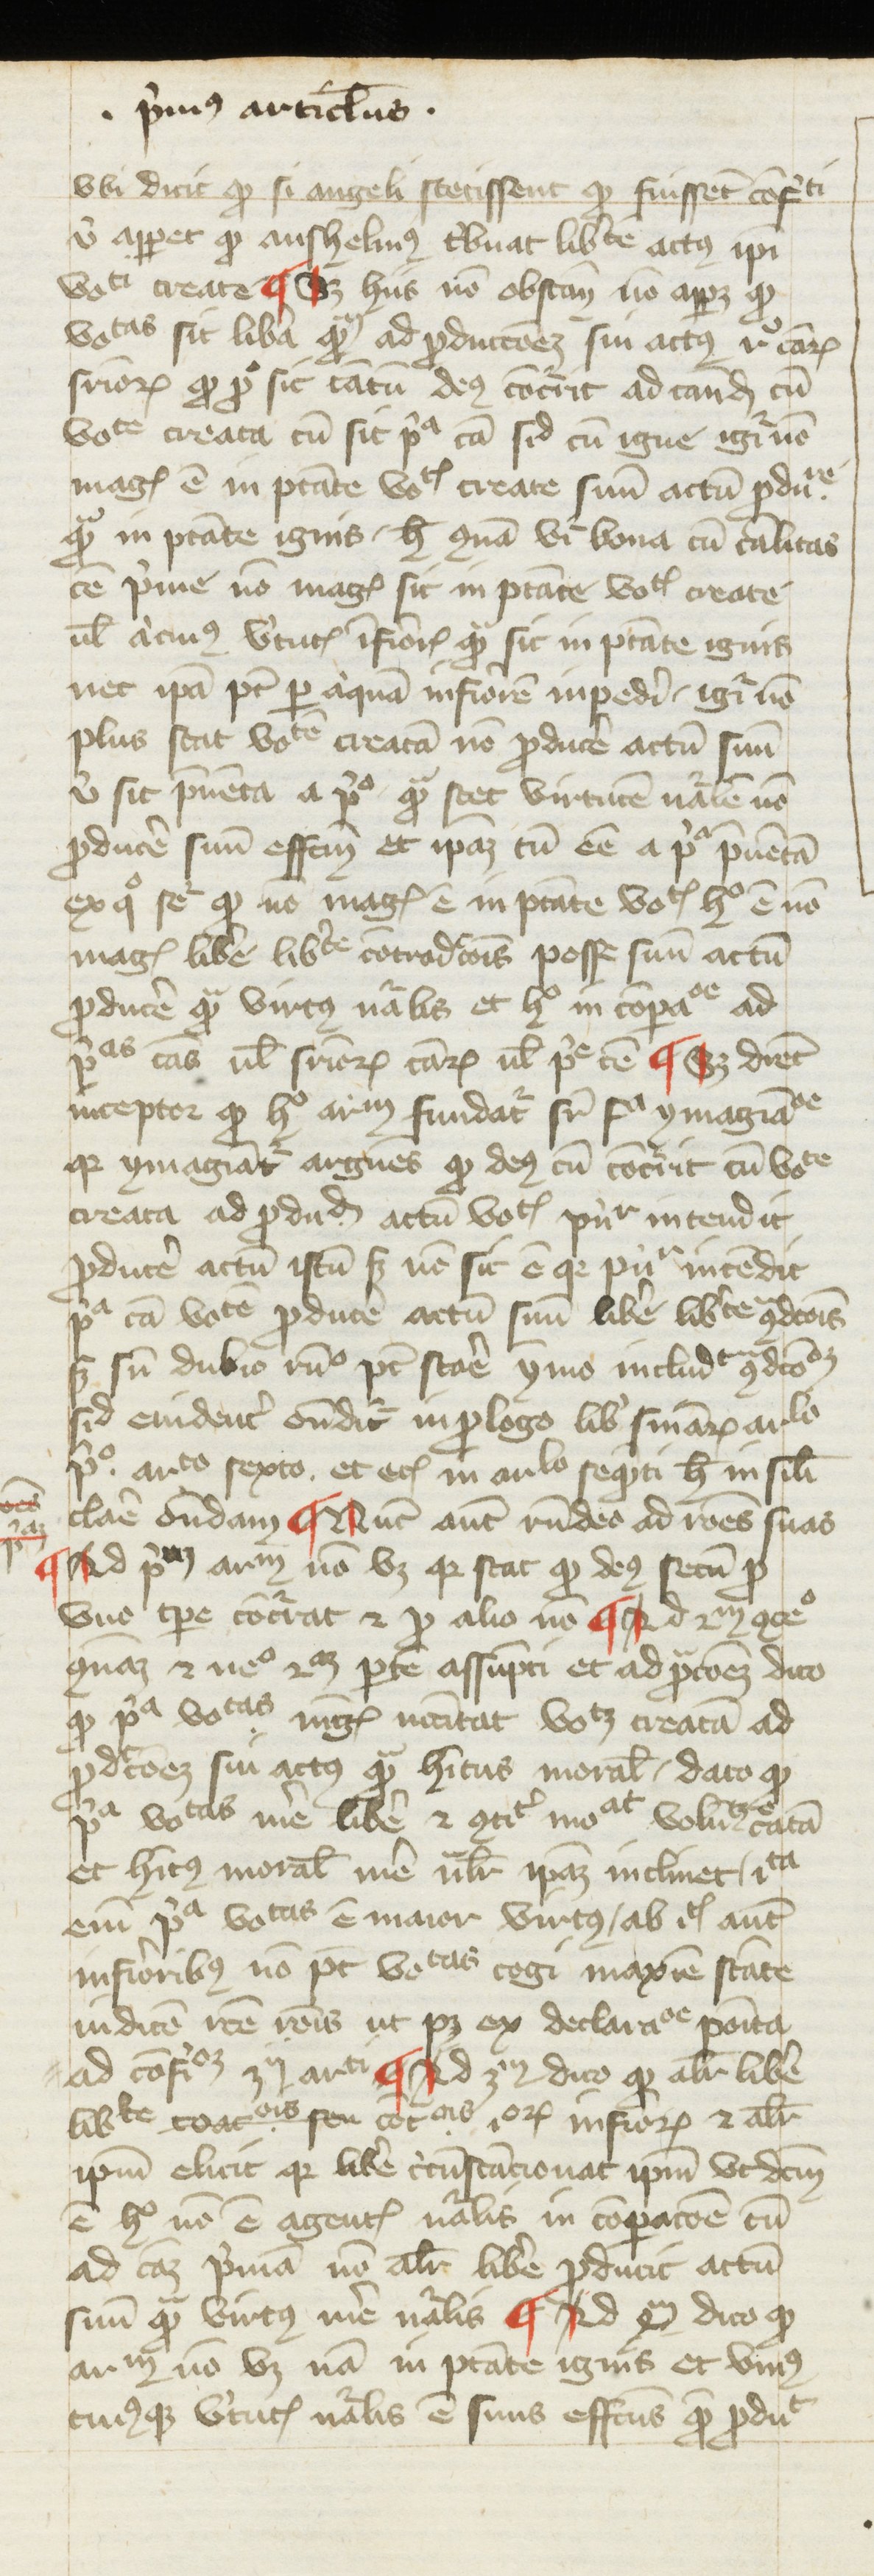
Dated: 1270–1399